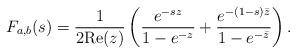
LaTeX: \begin{align*}F_{a,b}(s) &= \frac{ 1 }{ 2 \mathrm{Re}(z) } \left( \frac{ e^{ - s z}}{ 1 - e^{ - z}} + \frac{ e^{ - (1-s)\bar{z} } }{ 1 - e^{ - \bar{z}} } \right).\end{align*}